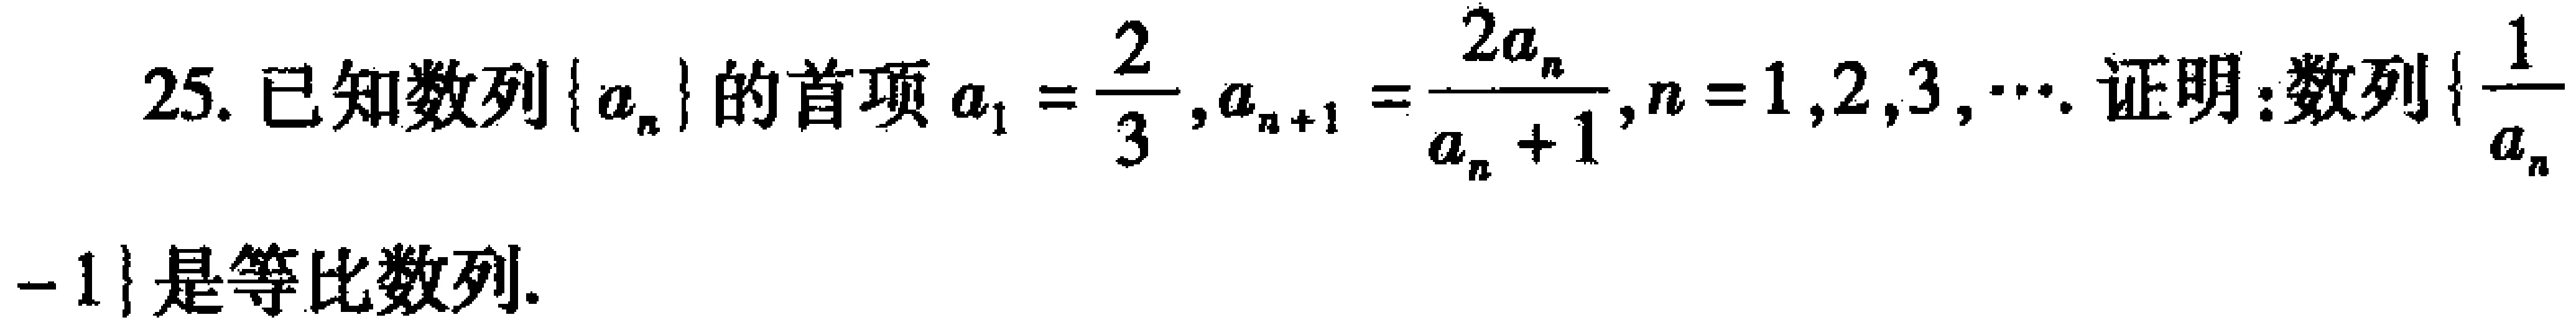
25. 已知数列\(\{ a_{n}\}\)的首项\(a_{1}=\frac{2}{3},a_{n + 1}=\frac{2a_{n}}{a_{n}+1},n = 1,2,3,\cdots\). 证明:数列\(\{\frac{1}{a_{n}} - 1\}\)是等比数列.